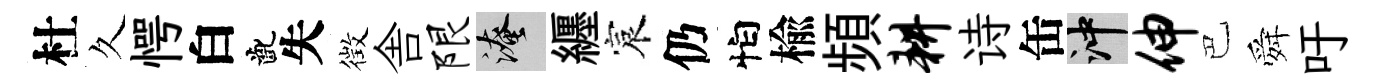
杜久愕白齔失徴舎限淹纒宸仍怕楡頻耕诗缶冲伸巴舜吁